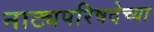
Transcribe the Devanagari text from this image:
नाट्यपरिषदेच्या